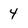
Character: 4